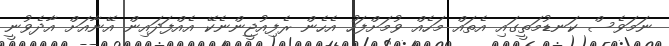
ނަމަވެސް ކަނޑުމަތީގައި އެތައް މަހެއް ވުމަށްފަހު އެހެން ރެފިއުޖީންނެކޭ އެއްފަދައިން އޭނާއަށް އާދެވުނީ